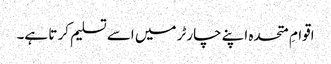
اقوامِ متحدہ اپنے چارٹر میں اسے تسلیم کر تا ہے۔